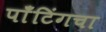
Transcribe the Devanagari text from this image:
पाँटिंगचा